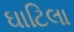
ઘાટિલા